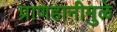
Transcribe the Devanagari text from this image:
प्राणहानीमुळे